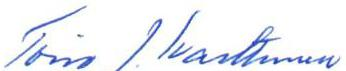
Toivo J. Karttunen